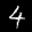
Label: 4